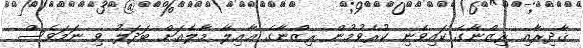
ޤާދިރާއި ރިޒްނާގެ ކައިވެނި ކުރެވުމުން ރިޒްނާގެ ޢާއިލާ މާލެއަށް ބަދަލު ވި ނަމަވެސް